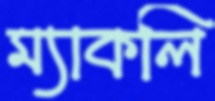
ম্যাকলি